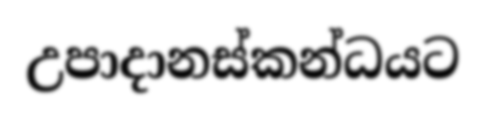
උපාදානස්කන්ධයට